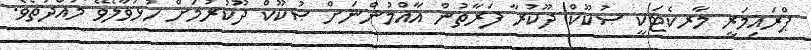
ޕްރައިމަރީ މާރކެޓަކީ ޞުކޫކް ދޫކުރާ ފަރާތުން އާއްމުންނަށް ޞުކޫކް ދޫކުރުމަށް ހުޅުވާލެވޭ މުއްދަތެވެ.